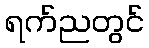
ရက်ညတွင်